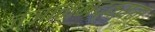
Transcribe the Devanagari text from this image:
ज्ञानमद्वयम्‌